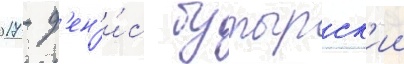
2017 - д'ен'и́с бутырск'ии